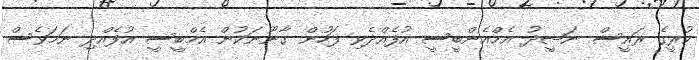
ކުރީގެ ރައީސް ނަޝީދު އެމްއެންބީސީ އުފެއްދެވި ފަހުން ގާނޫނަކުން އެމްބީސީ އުފެއްދި ނަމަވެސް